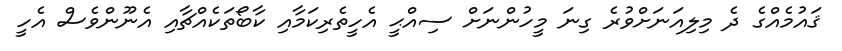
ޤައުމެއްގެ ދެ މިލިއަނަށްވުރެ ގިނަ މީހުންނަށް ސިއްޙީ އެހީތެރިކަމާއި ކާބޯތަކެއްޗާއި އެނޫންވެސް އެހީ